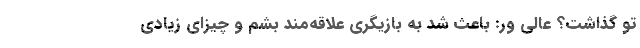
تو گذاشت؟ عالی ور: باعث شد به بازیگری علاقه‌مند بشم و چیزای زیادی